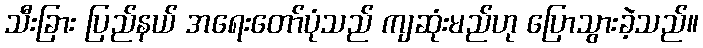
သီးခြား ပြည်နယ် အရေးတော်ပုံသည် ကျဆုံးမည်ဟု ပြောသွားခဲ့သည်။